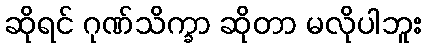
ဆိုရင် ဂုဏ်သိက္ခာ ဆိုတာ မလိုပါဘူး